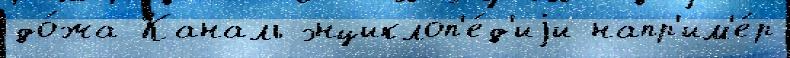
до́жа Каналь энциклоп'е́д'иjи напр'им'е́р